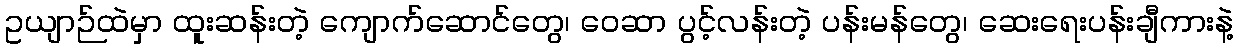
ဥယျာဉ်ထဲမှာ ထူးဆန်းတဲ့ ကျောက်ဆောင်တွေ၊ ဝေဆာ ပွင့်လန်းတဲ့ ပန်းမန်တွေ၊ ဆေးရေးပန်းချီကားနဲ့